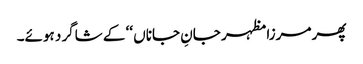
پھر مرزا مظہر جانِ جاناں ‘‘ کے شاگرد ہوئے۔